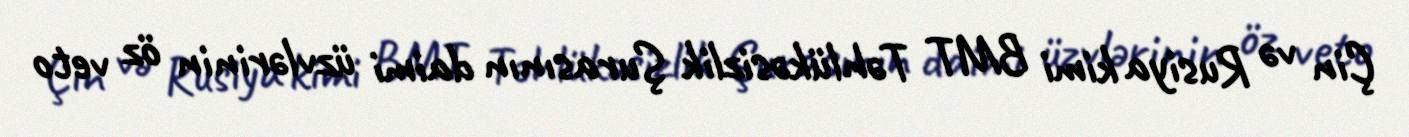
Çin və Rusiya kimi BMT Təhlükəsizlik Şurasının daimi üzvlərinin öz veto